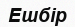
Ешбір